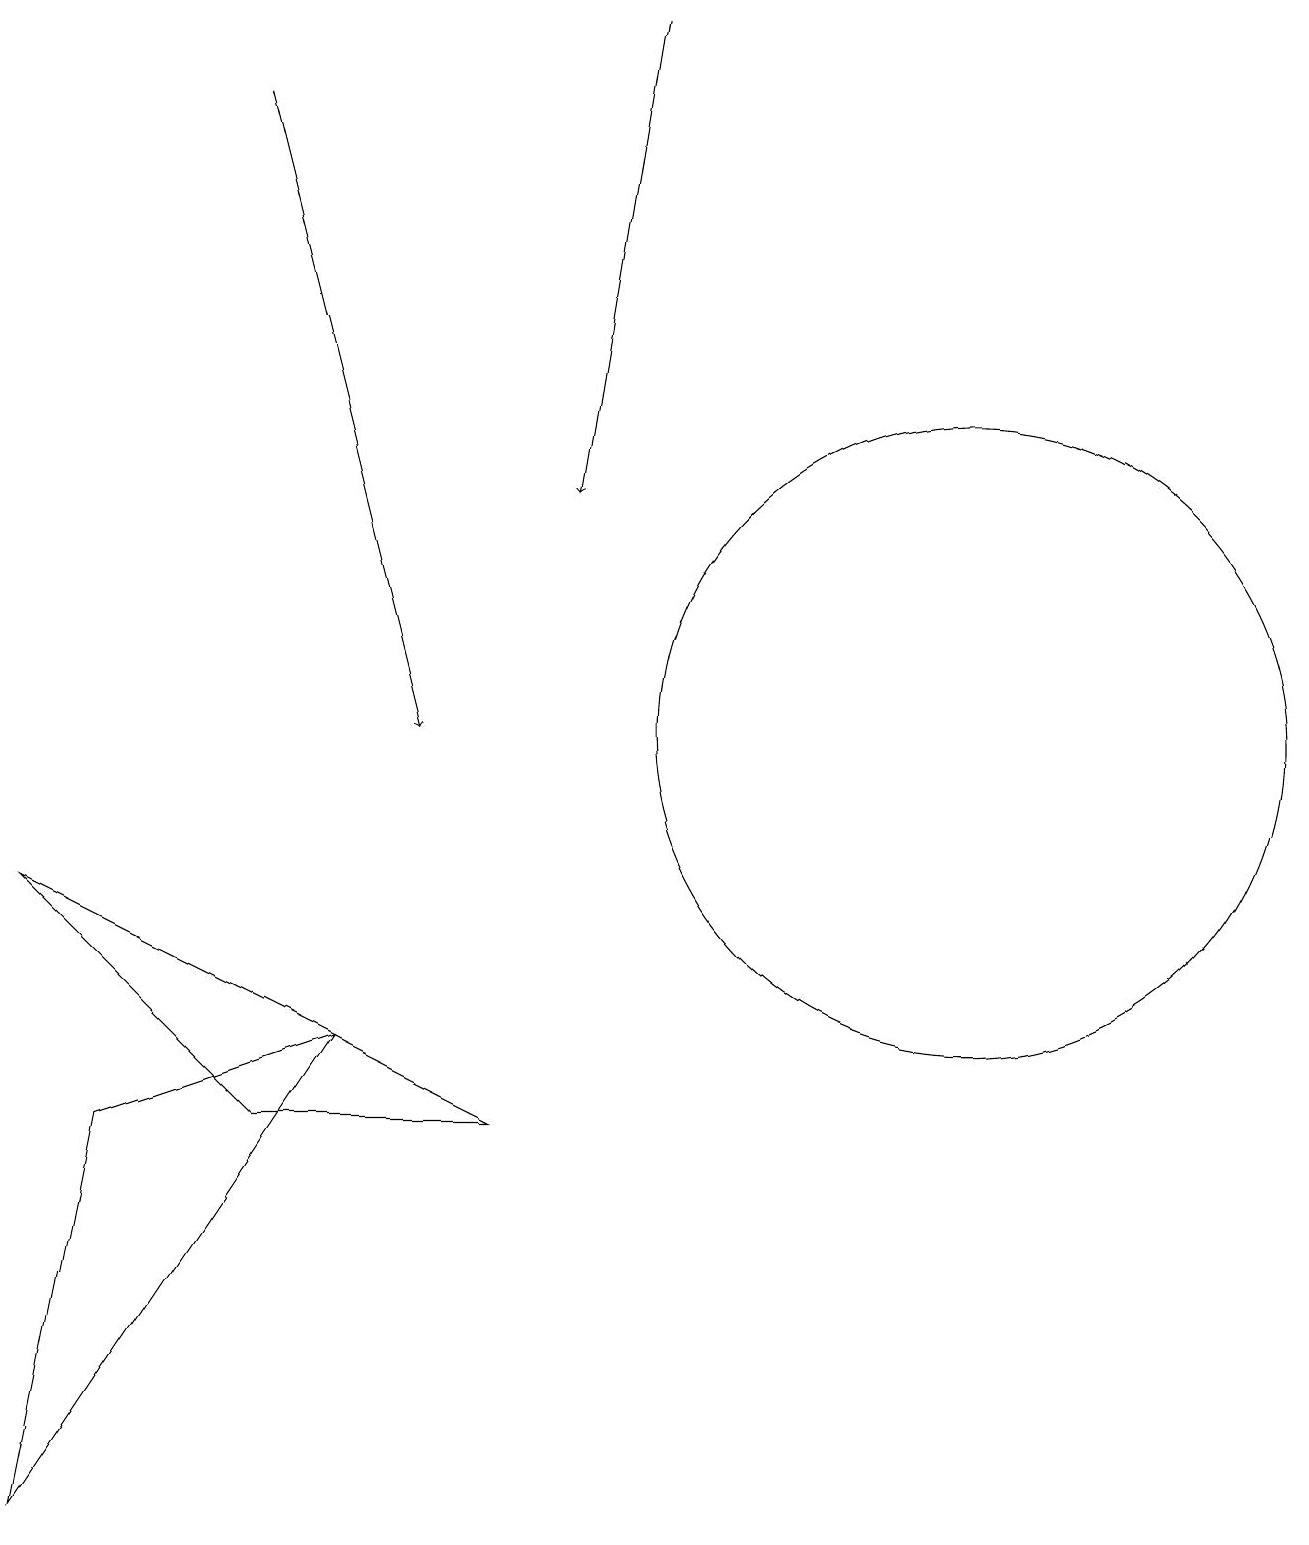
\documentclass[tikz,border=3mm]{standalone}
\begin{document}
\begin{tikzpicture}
\draw[->] (3,18) -- (5,10);
\draw[->] (8,19) -- (7,13);
\draw (0,8) -- (3,5) -- (6,5) -- cycle;
\draw (12,10) circle (4);
\draw (1,5) -- (4,6) -- (0,0) -- cycle;
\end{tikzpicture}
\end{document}